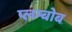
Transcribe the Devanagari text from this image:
प्लम्बोब